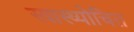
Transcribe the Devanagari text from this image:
स्वास्थ्योचित